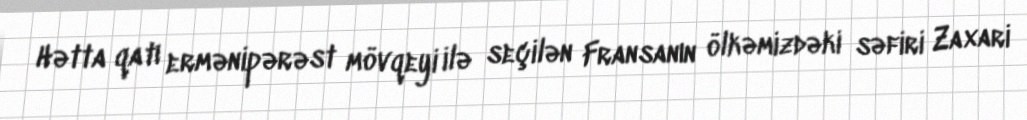
Hətta qatı ermənipərəst mövqeyi ilə seçilən Fransanın ölkəmizdəki səfiri Zaxari